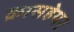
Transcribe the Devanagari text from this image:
क्रासहेयर